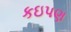
કઇપણ